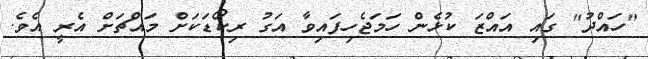
"ހައްދު" ގައި އައްޒަ ކުޅެން ހަމަޖެހިފައިވާ އަގު ރިކޯޑަކަށް މައްޗަށް އެރީ އެވެ.